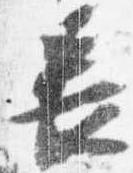
長